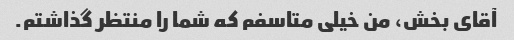
آقای بخش، من خیلی متاسفم که شما را منتظر گذاشتم.